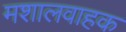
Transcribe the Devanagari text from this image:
मशालवाहक